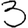
Digit: 3